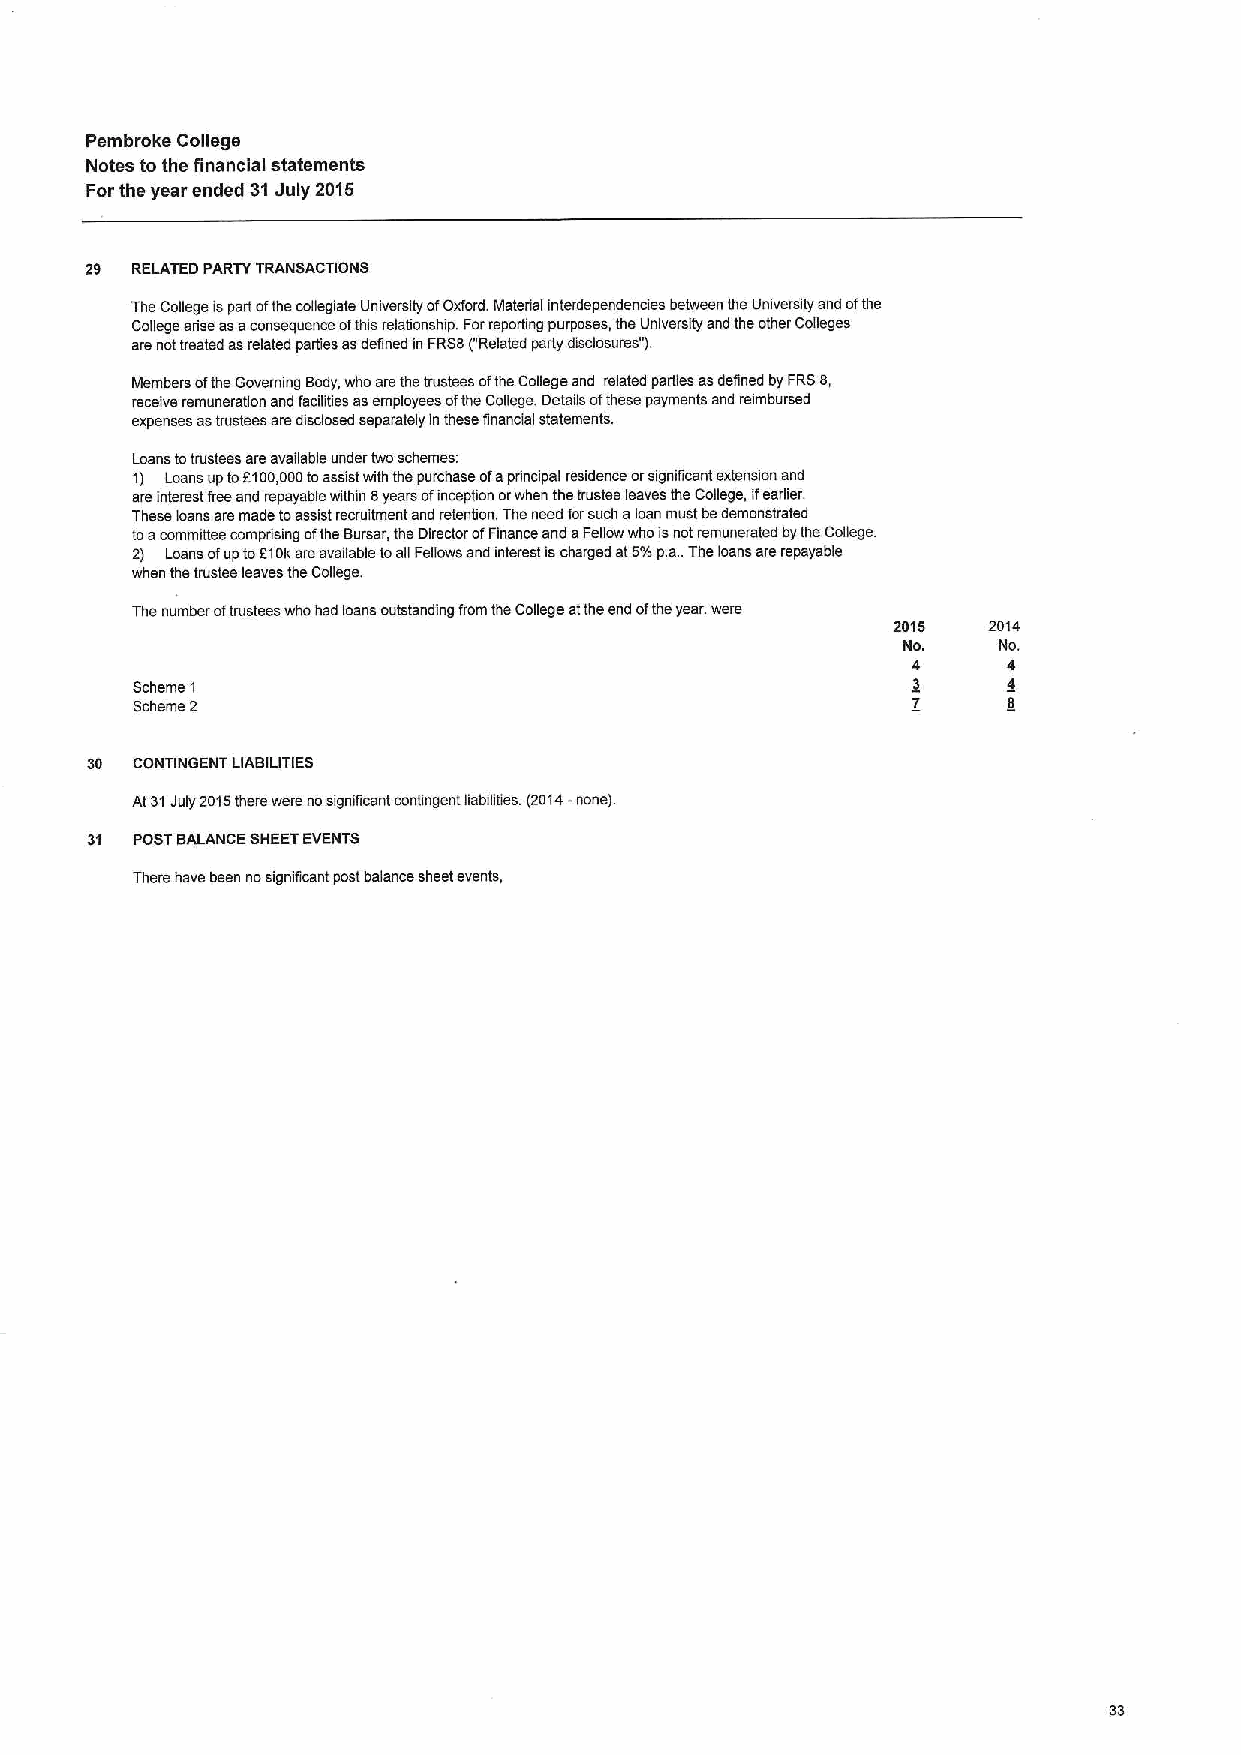
Pembroke College
 Notes to the financial statements
 Forthe year ended 31July 2016
 29 RELATED PARTY TRANSACTIONS
 The College ispart ofthe collegiate Unwersity ofOxford. Material interdependencies between the University and ofthe
 College arise asaconsequence ofthis relationship. Forreporting purposes, the University and the other Colleges
 are nottreated asrelated parties asdefmed in FRS8("Related party disclosures" ).
 Members ofthe Governing Body,who are the trustees ofthe College and related parties asdefined byFRS8,
 receive remuneration and faalities asemployees ofthe College. Details ofthese payments and reimbursed
 expenses astrustees are disclosed separately in these financial statements.
 Loans totrustees are available under two schemes.
 1) Loans up to5100,000toassist mth the purchase ofaprincipal residence orsignificant extension and
 are interest free and repayable within 8years ofinception orwhen the trustee leaves the College, ifearlier.
 These loans are made toassist recruitment and retention. The need forsuch aloan must bedemonstrated
 toacommittee comprising ofthe Bursar, the Director ofFinance and aFellow who isnotremunerated bythe College
 2) Loans ofup toF108are available toag Fellows and interest ischarged at5%pa The loans are repayable
 when the trustee leaves the College.
 The number oftrustees who had loans outstanding from the College atthe end ofthe year were
 2015  2014
 No.   No.
 4      4
 Scheme 1                                           3      4
 Scheme 2                                           7      8
 30 CONTINGENT LIABILITIES
 At31July 2015there were nosignificant contingent liabilities. (2014-none)
 31 POSTBALANCE SHEETEVENTS
 There have been nosignificant post balance sheet events,
 33